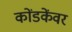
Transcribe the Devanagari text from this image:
कोंडकेंवर